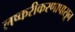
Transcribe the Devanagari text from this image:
लष्करीकरणापासून